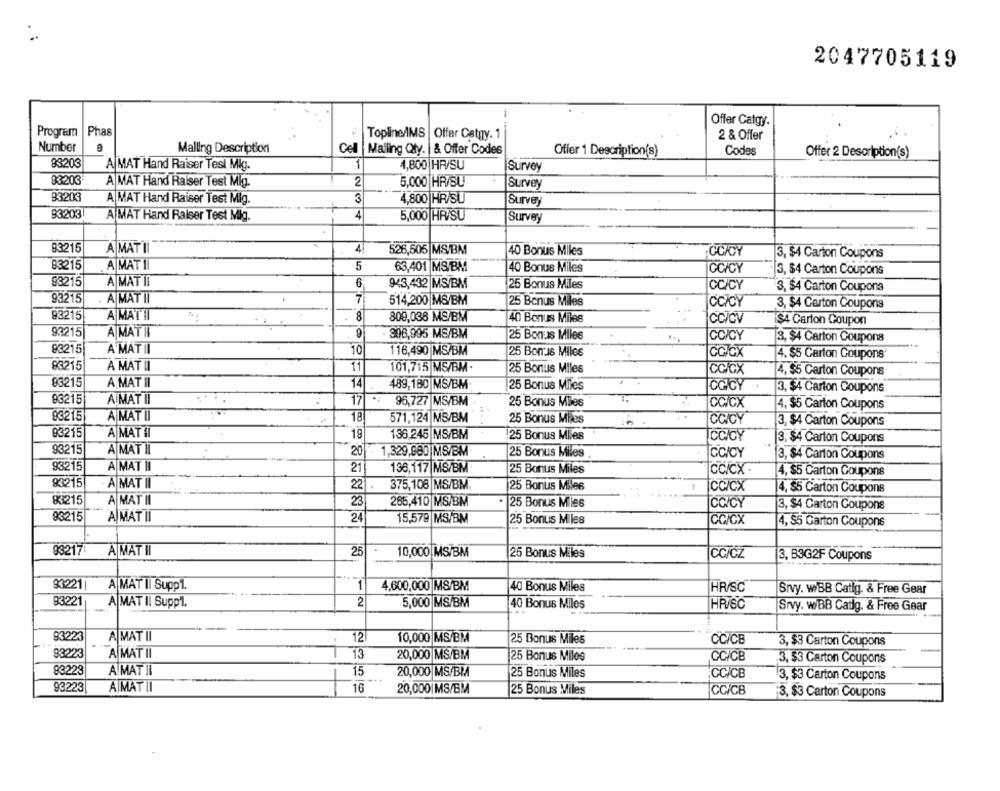
2047705119
Offer Catgy.
Program
Phas
2 & Offer
Topline/IMS | Offer Catgy. 1
Number
Malling Description
Cell Mailing Qty. |& Offer Codes
Codes
Offer 1 Description(s)
Offer 2 Description(s)
83203
A MAT Hand Raiser Test Mig.
1
4,800 HR/SU
Survey
83203
A MAT Hand Raiser Test Mig.
2
5,000 HR/SU
Survey
93203
A MAT Hand Raiser Test Mlg.
4,800 HR/SU
Survey
83203
4
A MAT Hand Raiser Test Mig.
5,000 HR/SU
Survey
83215
A MATI
4
526,505 MS/BM
40 Bonus Miles
GOCY
3, $4 Carton Coupons
83215
A MATI
5
63,401 MS/BM
40 Bonus Miles
GC/CY
3, $4 Carton Coupons
93215
A MAT II
6
945,432 MS/BM
25 Bonus Miles
CC/CY
3, $4 Carton Coupons
93215
A MAT II
7
514,200 MB/BM
25 Bonus Miles
CC/CY
3, $4 Carton Coupons
93215
A MAT II
8
800,038 MS/BM
40 Bonus Miles
...
İccicv
$4 Carton Coupon
93215
A MAT HI
996,995 MS/BM
25 Bonus Miles
CO/CY
3, $4 Carton Coupons
A MAT II
83215
10
116,490 MS/BM
25 Bonus Miles
CC/CX
4. $5 Carton Coupons'
83215
A MAT II
11
101,715 MS/BM
25 Bonus Miles
CC/CX
4, $5 Carton Coupons
93215
A MAT II
14
489,180 MS/BM
25 Bonus Miles
CGICY
3, $4 Carton Coupons
83215
A MAT II
17
96,727 MS/BM
25 Bonus Miles
CC/CX
4, $5 Carton Coupons
83215
A MAT II
18
571,124 MB/BM
25 Bonus Miles
CCICY
3, $4 Carton Coupons
93215
A MAT II
19
136.245 MS/BM
25 Bonus Miles
CC/CY
3, $4 Carton Coupons
93215
A MAT II
20
1,329,980 MB/BM
25 Bonus Miles
3, $4 Carton Coupons
93215
A MAT II
21
136,117 MS/BM
25 Bonus Miles
CC/CX .
4, $5 Carton Coupons
83215
A MAT II
22
375,108 MS/BM.
25 Bonus Miles
CC/CX
4, $5 Carton Coupons
83215
A MAT II
23
265,410 MS/BM
. 25 Bonus Miles
CO/CY
3, $4 Carton Coupons
93215
A MAT II
24
15,579 MS/BM
25 Bonus Miles
CC/CX
4, $5 Garton Coupons
93217
A MAT II
25
10,000 MS/BM
25 Bonus Miles
CC/CZ
3. B3G2F Coupons
93221|
A MAT II Supp1.
4,600,000 MS/BM
40 Bonus Miles
HR/SC
Srvy. wiBB Catlg. & Free Gear
83221
2
A MAT Il Supp1.
5,000 MS/BM
40 Bonus Miles
HR/SC
Srvy. w/BB Catg. & Free Gear
83223
A MAT II
12
10,000 MS/BM
25 Bonus Miles
CC/CB
3, $3 Carton Coupons
93223
A MAT II
13
20,000 MS/BM
25 Bonus Miles
CC/CB
.3, $3 Carton Coupons
83223
A MAT II
15
20,000 MS/BIA
CCICB
25 Bonus Miles
3, $3 Carton Coupons
93223
A MAT II
16
20,000|MS/BM
25 Bonus Miles
CC/CB
3, $3 Carton Coupons